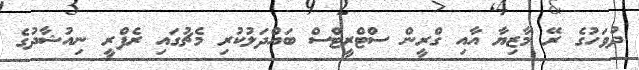
ދުވަހުގެ ރޭ މާޒިޔާ އާއި ގްރީން ސްޓްރީޓްސް ބައްދަލުކުރި މެޗުގައި ރެފްރީ ނިއުޝާދުގެ